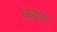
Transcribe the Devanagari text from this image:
यानात